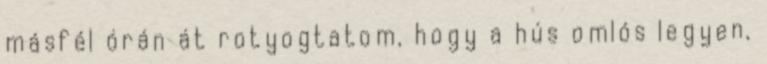
másfél órán át rotyogtatom, hogy a hús omlós legyen,